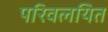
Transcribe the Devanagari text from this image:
परिवलयित